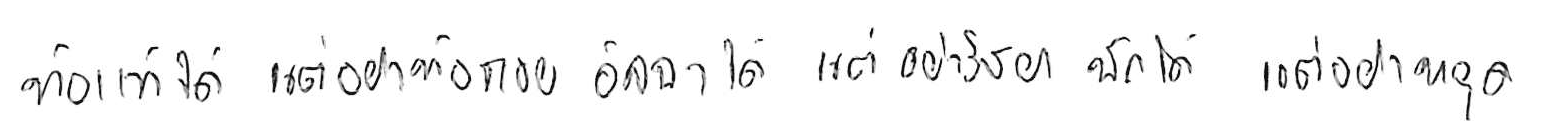
ท้อแท้ได้ แต่อย่าท้อถอย อิจฉาได้ แต่อย่าริษยา พักได้ แต่อย่าหยุด